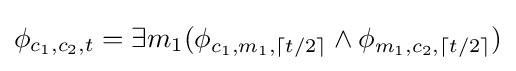
\phi _{c_{1},c_{2},t}=\exists m_{1}(\phi _{c_{1},m_{1},\lceil t/2\rceil }\wedge \phi _{m_{1},c_{2},\lceil t/2\rceil })